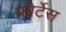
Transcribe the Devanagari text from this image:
फोर्टेस